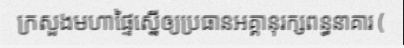
ក្រសួងមហាផ្ទៃស្នើឲ្យប្រធានអគ្គានុរក្សពន្ធនាគារ (